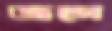
জগে